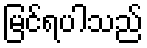
မြင်ရပါသည်